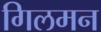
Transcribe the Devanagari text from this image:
गिलमन